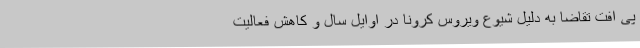
پی افت تقاضا به دلیل شیوع ویروس کرونا در اوایل سال و کاهش فعالیت